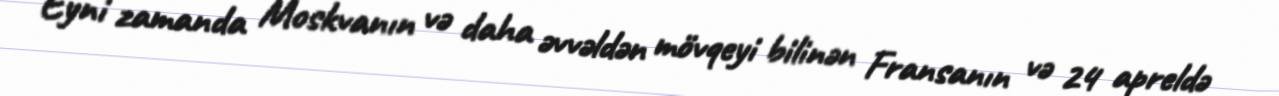
Eyni zamanda Moskvanın və daha əvvəldən mövqeyi bilinən Fransanın və 24 apreldə